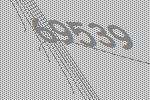
69539